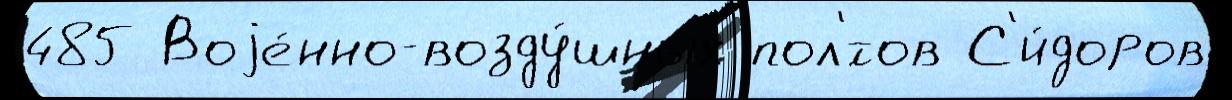
485 Воjе́нно-возду́шных пол'́тов С'и́доров